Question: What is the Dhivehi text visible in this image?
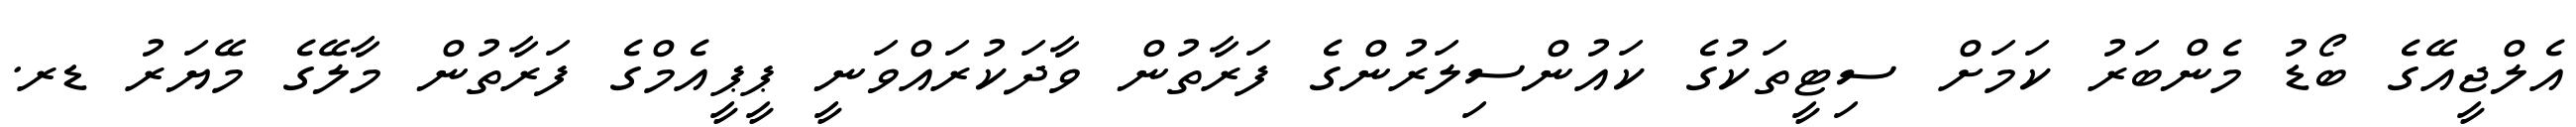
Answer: އެލްޖީއޭގެ ބޯޑު މެންބަރު ކަމަށް ސިޓީތަކުގެ ކައުންސިލަރުންގެ ފަރާތުން ވާދަކުރައްވަނީ ޕީޕީއެމްގެ ފަރާތުން މާލޭގެ މޭޔަރު ޑރ.